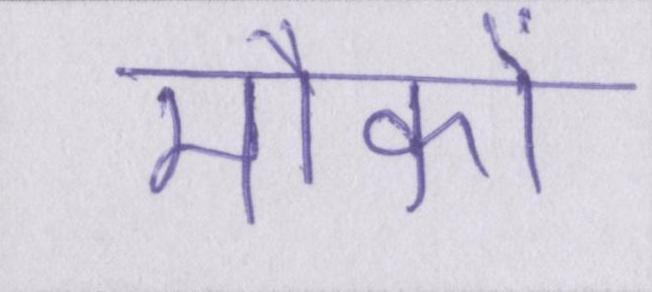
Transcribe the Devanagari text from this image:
मौकों